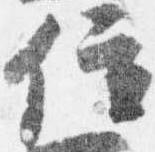
位